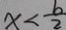
x < \frac { b } { 2 }